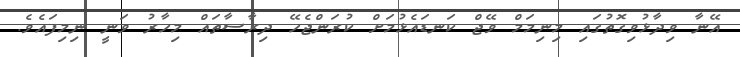
އޭނާ ވިދާޅުވިގޮތުގައި މިނިމަމް ވޭޖް ކަނޑައެޅުމަށް ކުރަންޖެހޭ ދިރާސާތައް މިހާރު ވަނީ ނިމިފައެވެ.